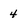
Character: 4